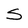
Character: S